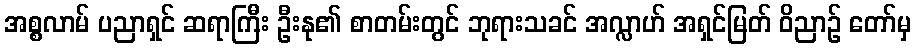
အစ္စလာမ် ပညာရှင် ဆရာကြီး ဦးနု၏ စာတမ်းတွင် ဘုရားသခင် အလ္လာဟ် အရှင်မြတ် ဝိညာဉ် တော်မှ